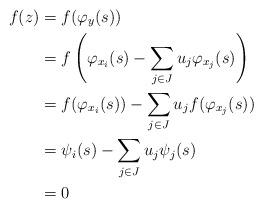
LaTeX: \begin{align*}f(z)&=f(\varphi_{y}(s))\\&=f\left(\varphi_{x_i}(s)- \sum_{j\in J}u_j\varphi_{x_j}(s)\right)\\&=f(\varphi_{x_i}(s))- \sum_{j\in J}u_jf(\varphi_{x_j}(s))\\&=\psi_i(s)-\sum_{j\in J}u_j\psi_j(s)\\&=0\end{align*}